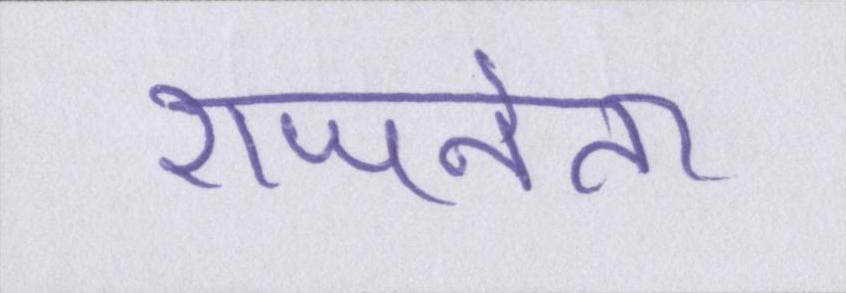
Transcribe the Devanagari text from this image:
राजनेता